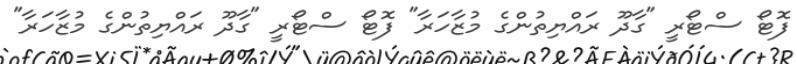
ފޮޓޯ ސްޓޯރީ "ގާދޫ ރައްޔިތުންގެ މުޒާހަރާ" ފޮޓޯ ސްޓޯރީ "ގާދޫ ރައްޔިތުންގެ މުޒާހަރާ"